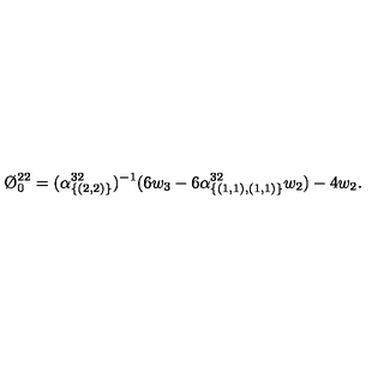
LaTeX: \O _ { 0 } ^ { 2 2 } = ( \alpha _ { \{ ( 2 , 2 ) \} } ^ { 3 2 } ) ^ { - 1 } ( 6 w _ { 3 } - 6 \alpha _ { \{ ( 1 , 1 ) , ( 1 , 1 ) \} } ^ { 3 2 } w _ { 2 } ) - 4 w _ { 2 } .